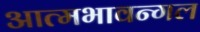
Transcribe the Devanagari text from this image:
आत्मभावन्गल